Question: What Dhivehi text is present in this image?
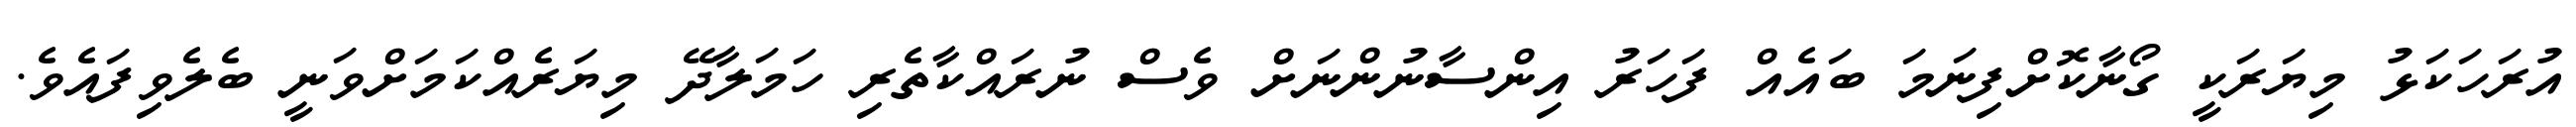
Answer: އުރަހަކަޅު މިޔަރަކީ ގޯނާކޮށްފިނަމަ ބައެއް ފަހަރު އިންސާނުންނަށް ވެސް ނުރައްކާތެރި ހަމަލާދޭ މިޔަރެއްކަމަށްވަނީ ބެލެވިފައެވެ.